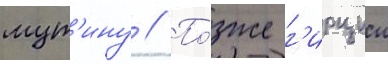
мут'ину // По́зже г'ирции